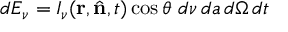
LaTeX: d E _ { \nu } = I _ { \nu } ( \mathbf { r } , { \hat { \mathbf { n } } } , t ) \cos \theta \ d \nu \, d a \, d \Omega \, d t